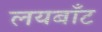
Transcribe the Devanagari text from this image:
लयबाँट